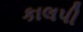
કાલપી